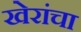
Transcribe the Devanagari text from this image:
खेरांचा